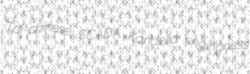
Tai-chinese SCADA Kandelia ringingness